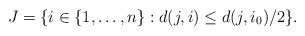
LaTeX: \begin{align*} J=\{ i\in \{1,\ldots,n\}:d(j,i)\leq d(j,i_0)/2\}.\end{align*}